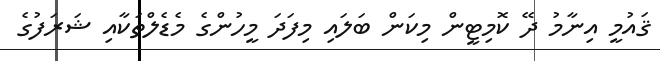
ޤައުމީ އިނާމު ދޭ ކޮމިޓީން މިކަން ބަލައި މިފަދަ މީހުންގެ މެޑެލްތަކާއި ޝަރަފުގެ